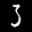
Label: 3